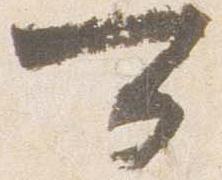
可